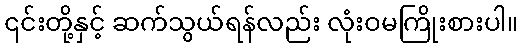
၎င်းတို့နှင့် ဆက်သွယ်ရန်လည်း လုံးဝမကြိုးစားပါ။